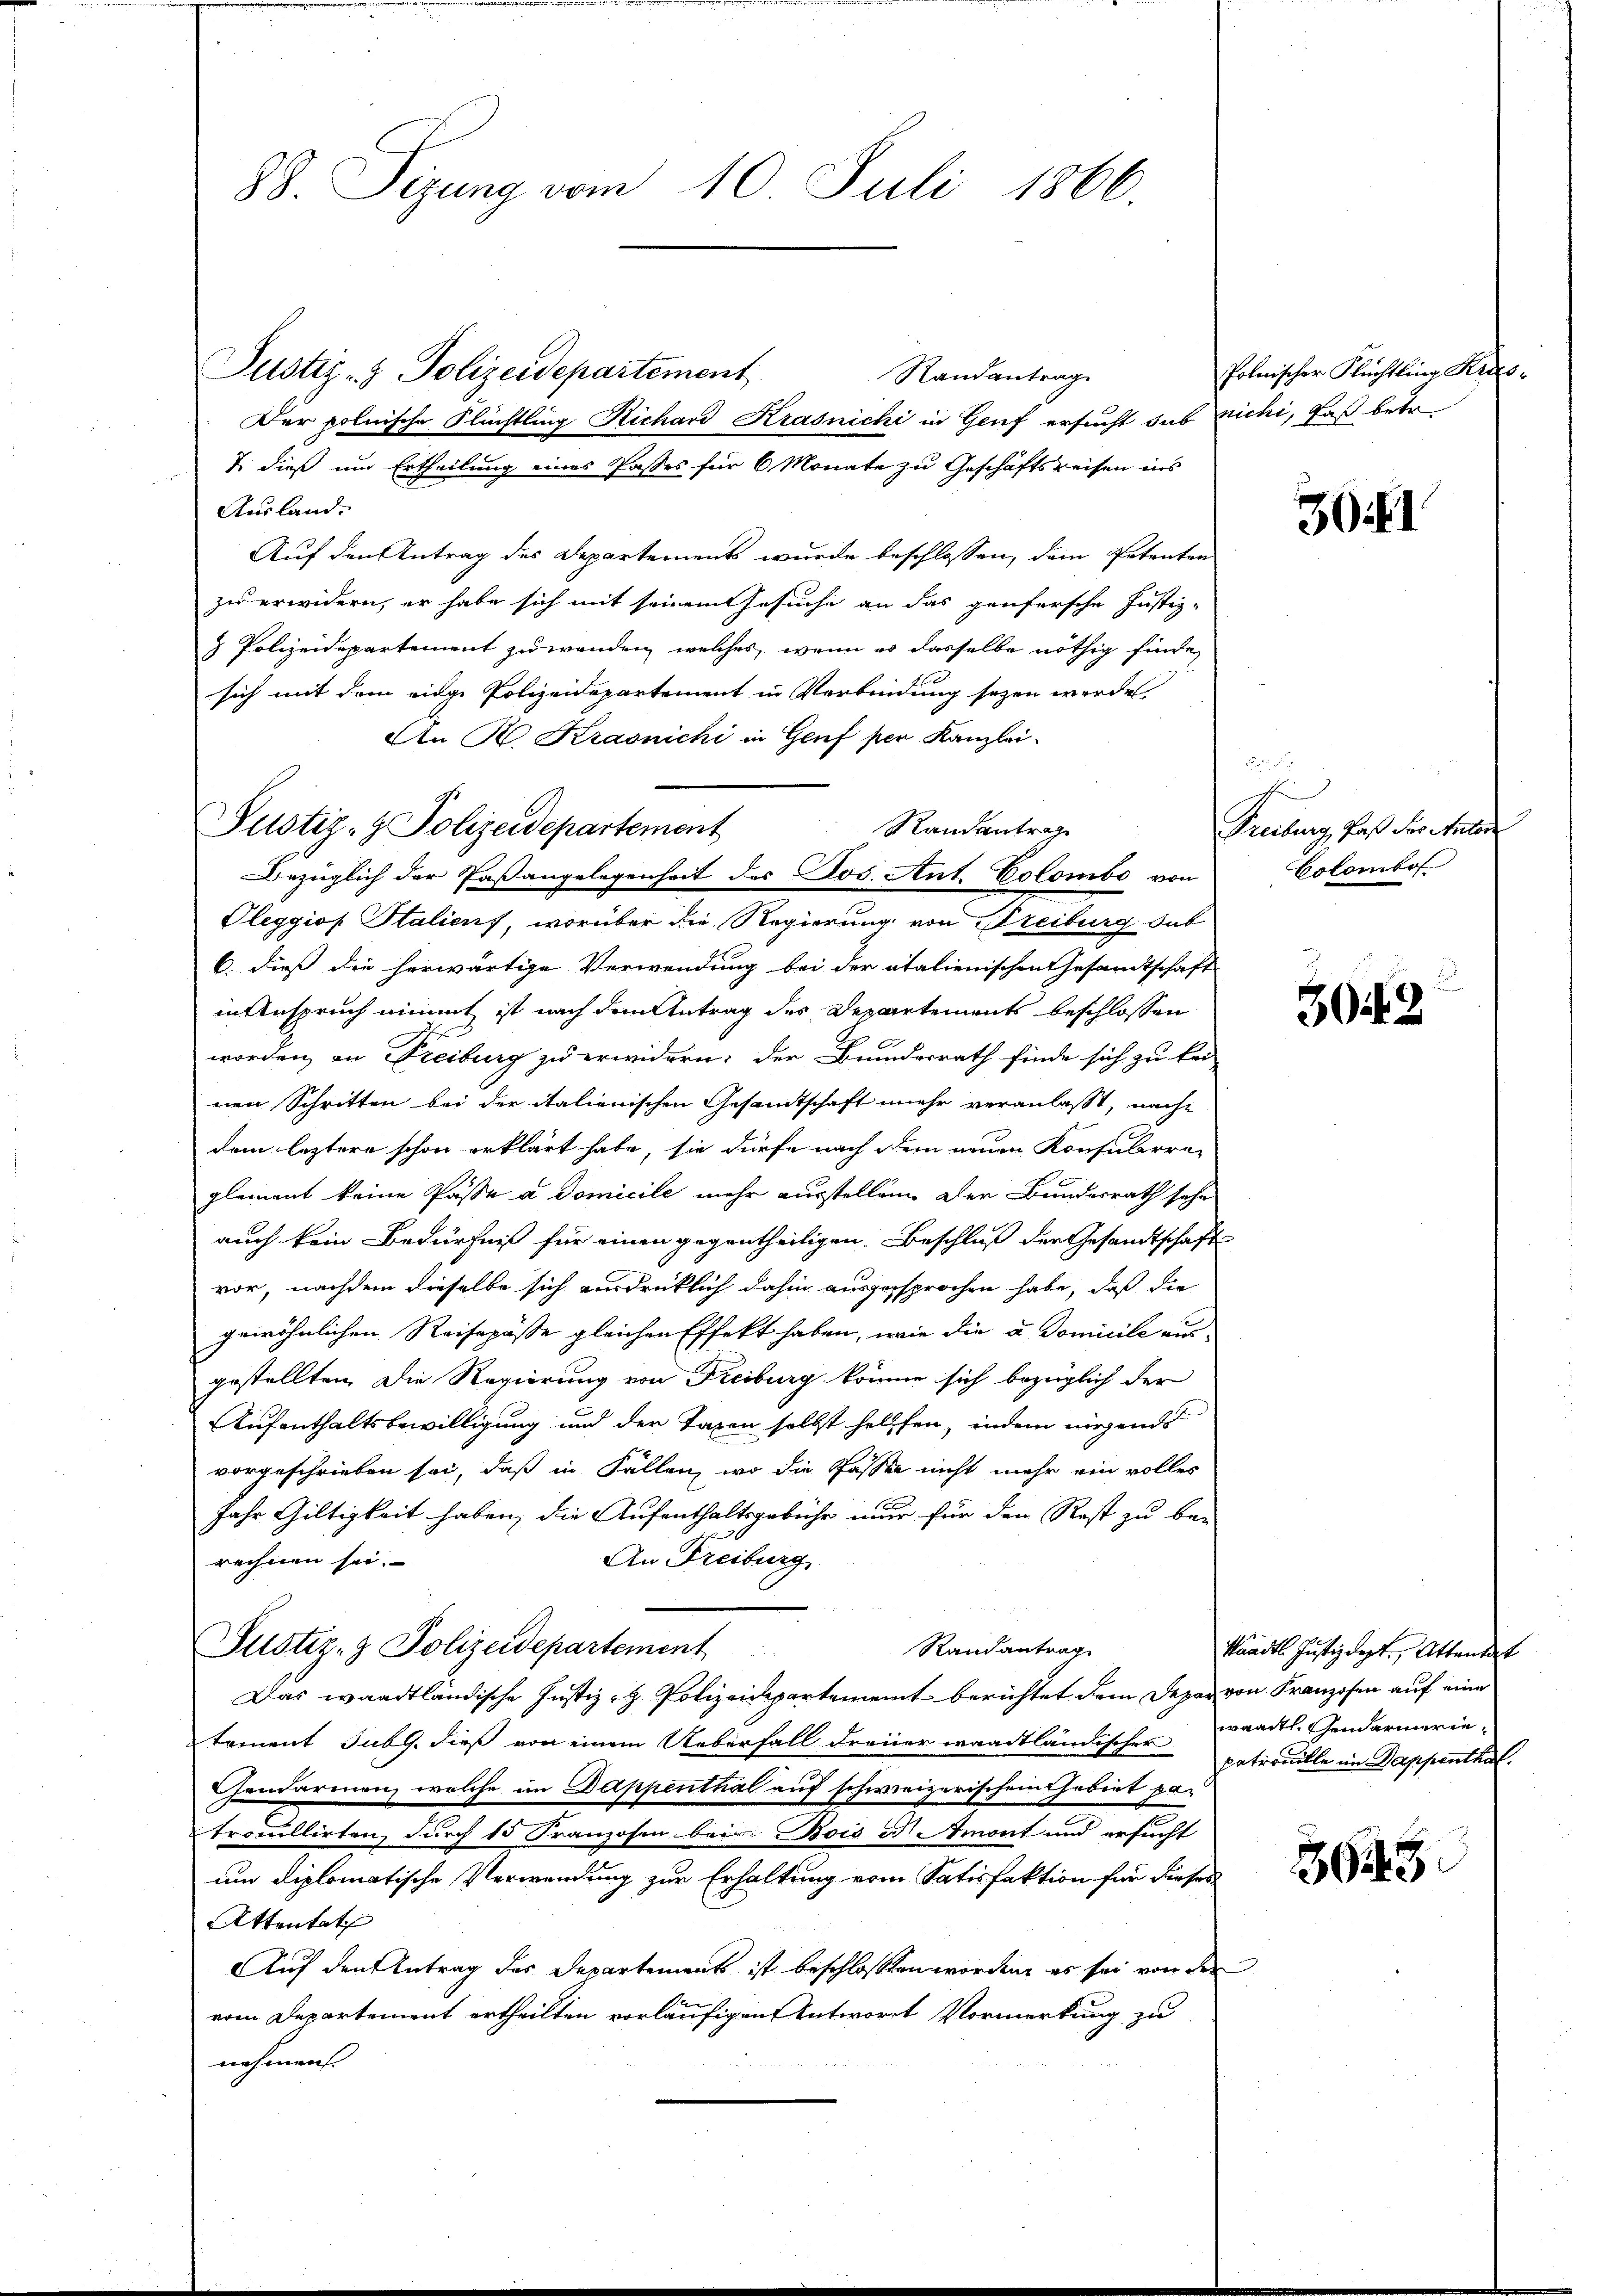
88. Sizung vom 10. Juli 1866.

Justiz- & Polizeidepartement
Randantrag
Der polnische Flüchtling Richard Krasnichi in Genf ersucht sub nichi, Faß betre
7. dieß um Ertheilung eines Passes für 6 Monate zu Geschäftsreisen ins
Ausland.
Auf den Antrag des Departements wurde beschlossen, dem Petenten
zu erwidern, er habe sich mit seinem Gesuche an das genfersche Justiz-
 Polizeidepartement zuwenden, welches, wenn er dasselbe nöthig finde,
sich mit dem eige Polizeidepartement in Verbindung sezen werde.
An R. Kraonichi in Genf per Kanzlei-
Randantrage
Bezüglich der Paßangelegenheit des Jos. Ant. Colombe von
Pleggiof Staliens, worüber die Regierung von Freiburg dab
6. dies die herwärtige Verwendung bei der italienischen Gesandtschaft
in Anspruch nimmt ist nach dem Antrag des Departements beschlossen
worden, an Freiburg zu erwidern; der Bundesrath finde sich zu kei
nen Schritten bei der italienischen Gesamtschaft mehr veranlasst, nache
dem leztere schon erklärt habe, sie dürfe nach dem neuen Konsularre-
glement keine Passa a Domicile mehr ausstellen. Der Bundesrath sehe
auch kein Bedürfniß für einen gegentheiligen. Beschluß der Gesandtschaft
vor, nachdem dieselbe sich ausdrücklich dahin ausgesprochen habe, daß die
gewöhnlichen Reisepässe gleichen Effekt haben, wie die u. Domicile aus
gestellten die Regierung von Freiburg könne sich bezüglich der
Aufenthaltsbewilligung und der Taxen selbst helffen, indem nirgends
vorgeschrieben sei, daß in Fällen, wo die Passen nicht mehr ein volles
Jahr Gültigkeit haben, die Aufenthaltsgebühr nur für den Rost zu be-
An Freiburg
rechnen sei.
Justiz- & Polizeidepartement
Randantrage
Das waadtländische Justiz- & Polizeidepartement berichtet dem Depar von Franzosen auf eine
tament subg. dieß von einem Ueberfall dreier waadtländischer getrouille im Dappenthalendarmen, welche im Dappenthal auf schweizerischem Gebiet patroullirten, durch 15 Franzosen bei: Bois Dr. Amont und ersucht
um diplomatische Verwendung zur Erhaltung vom Satisfaktion für dieses
Attentat
Auf den Antrag des Departements ist beschlossen worden, es sei von der
vom Departement ertheilten vorläufigen Antwort Vormerkung zu
nehmen.

.
Pustiz- & Polizeidepartement

Polnischer Flüchtling Krus.

30 I

Freiburg, daß der Anton
Colombol

303

kändtl. Justizdept., Attendet
waadt, Gendarmerie¬

3645